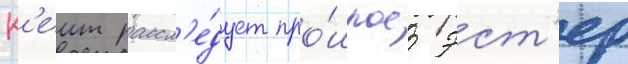
К'еит рассл'е́дует про́шлое эст'ер